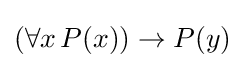
(\forall x\,P(x))\rightarrow P(y)